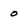
Character: o